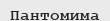
Пантомима